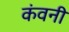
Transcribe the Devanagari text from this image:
कंवनी